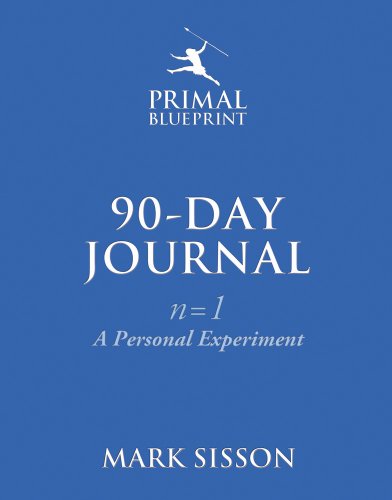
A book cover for The Primal Blueprint 90-Day Journal: A Personal Experiment (n=1); Mark Sisson; Health, Fitness & Dieting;